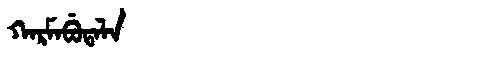
Manchu: ᡴᠠᡵᠮᠠᠪᡠᡨᠠᠯᠠ
Romanization: KARMABUTALA